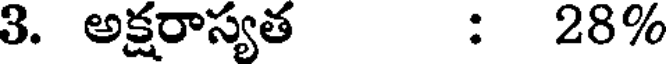
3. అక్షరాస్యత : 28%